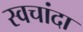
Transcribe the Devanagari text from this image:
स्वचांदा